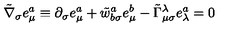
\tilde { \nabla } _ { \sigma } e _ { \mu } ^ { a } \equiv \partial _ { \sigma } e _ { \mu } ^ { a } + \tilde { w } _ { b \sigma } ^ { a } e _ { \mu } ^ { b } - \tilde { \Gamma } _ { \mu \sigma } ^ { \lambda } e _ { \lambda } ^ { a } = 0